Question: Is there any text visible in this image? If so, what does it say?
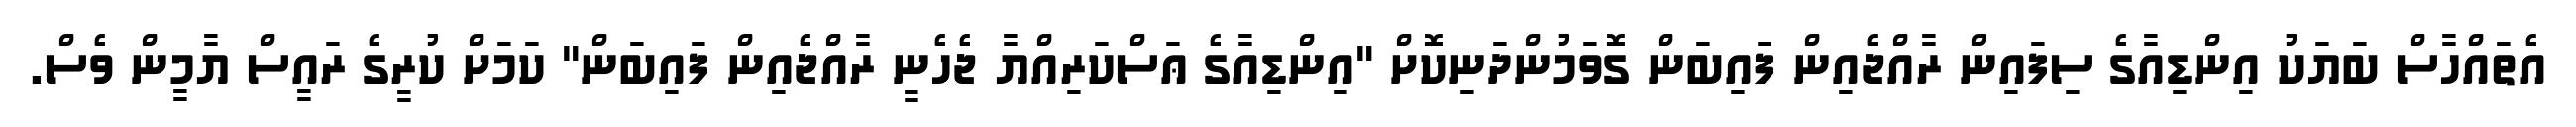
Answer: އެތައްހާސް ބަޔަކު އިންޑިއާގެ ސިފައިން ރާއްޖެއިން ފައިބަން ގޮވަމުންދަނިކޮށް "އިންޑިއާގެ ޢަސްކަރިއްޔާ ޖެހެނީ ރާއްޖެއިން ފައިބަން" ކަމަށް ކުރީގެ ރައީސް ޔާމީން ވެސް.